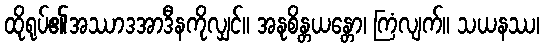
ထိုရုပ်၏အဿာဒအာဒီနကိုလျှင်။ အနုစိန္တယန္တော၊ ကြံလျက်။ သယနဿ၊